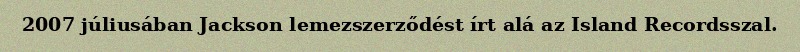
2007 júliusában Jackson lemezszerződést írt alá az Island Recordsszal.